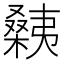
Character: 㯩